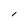
Character: l